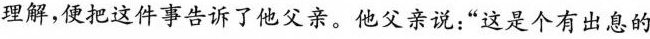
理解，便把这件事告诉了他父亲。他父亲说：”这是个有出息的